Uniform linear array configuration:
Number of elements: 4
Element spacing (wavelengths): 0.75
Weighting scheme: binomial
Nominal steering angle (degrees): -45
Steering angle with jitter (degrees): -46.852
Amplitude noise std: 0.05
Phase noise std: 0.05

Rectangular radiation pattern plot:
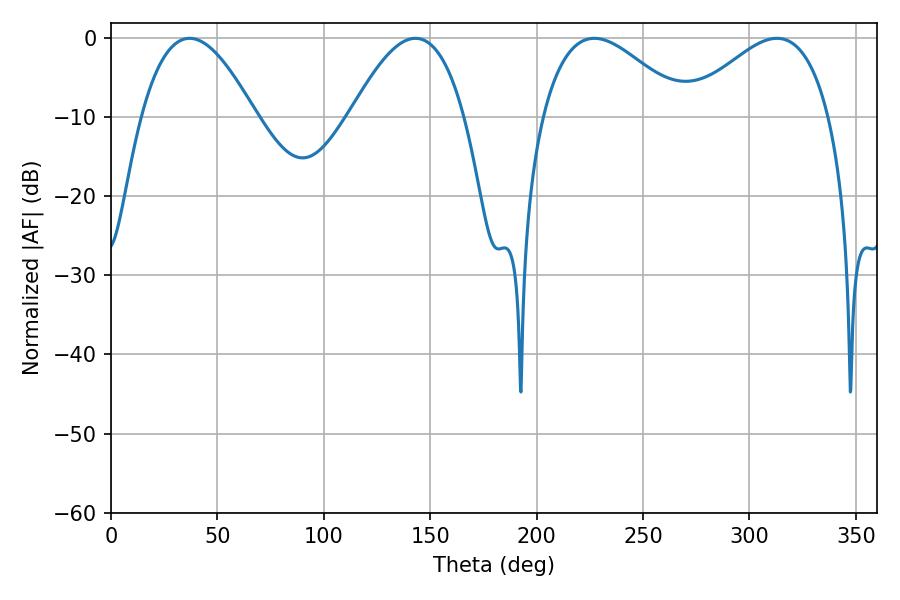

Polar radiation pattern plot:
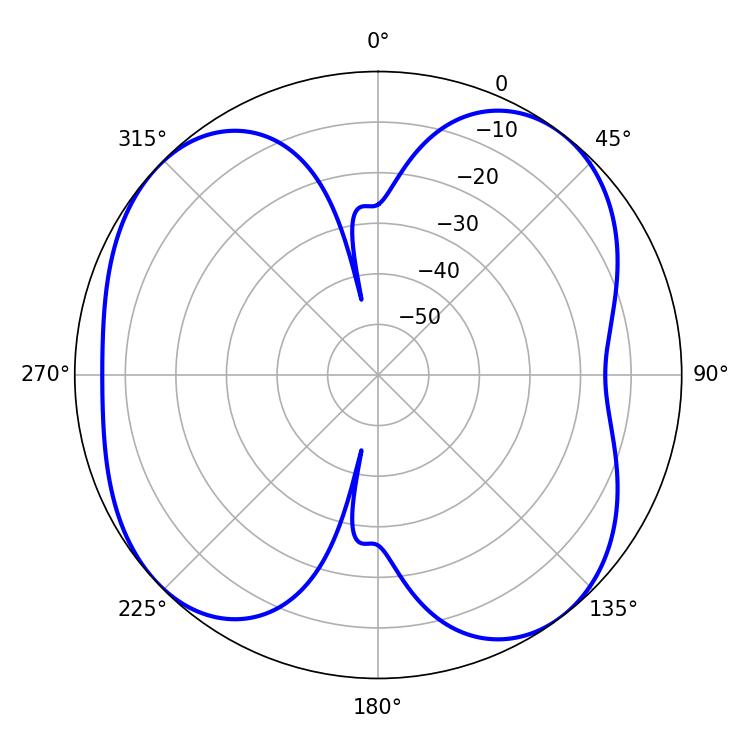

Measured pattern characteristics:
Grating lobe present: TRUE
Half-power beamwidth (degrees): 29.34
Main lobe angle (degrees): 36.9